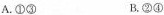
A.①③ B.②④